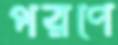
পরণে